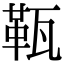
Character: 𤭫